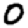
Digit: 0